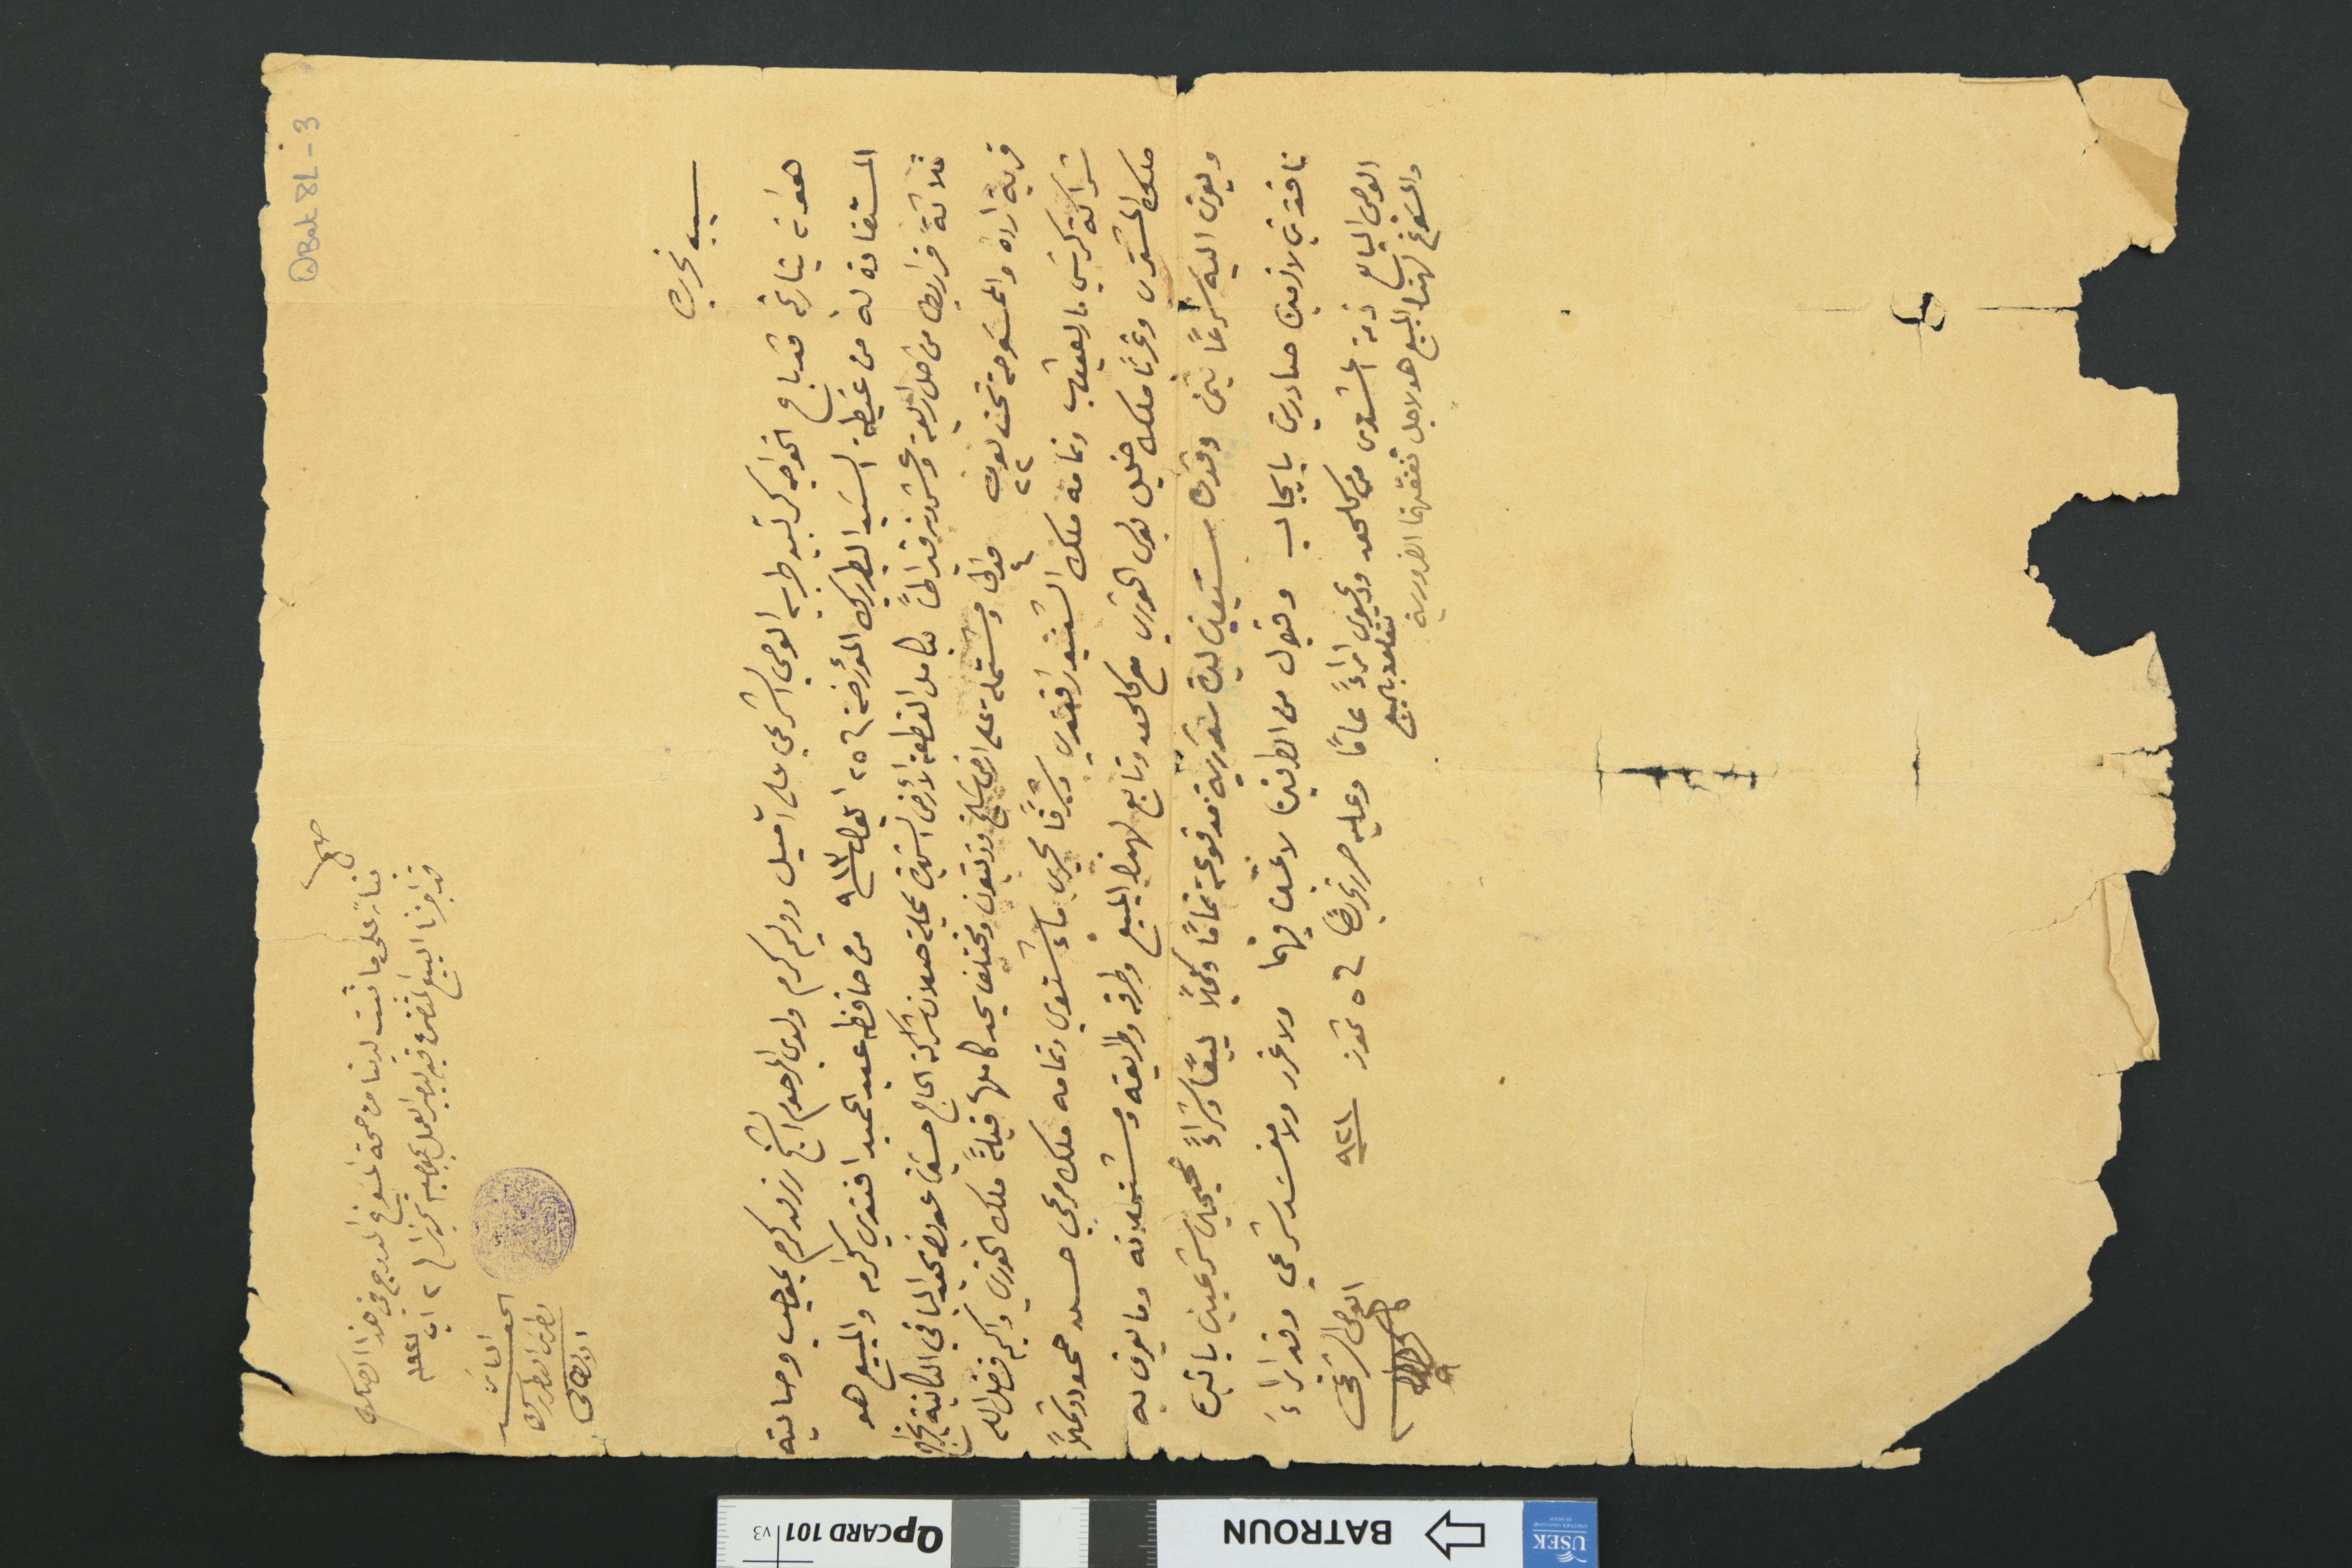
QBat8L-3				صح
بناءً على ما ثبت لدينا من صحة المسَوغ المدرج في هذا الصك
قد اجزنا البيع المتضمن فيه ليصير العمل بموجبه تحريرا / ٢ اب سنة ١٩٢
الياس الحويك بطرس البطريرك الانطاكى
سبب تحريره
هو انه بتاريخه قد باع الخواجه كرتبيه طربي الوصي الشرعي على آميل ووليم كرم ولدي المرحوم الشيخ رزق كرم بموجب وصايته
المستفادة له من غبطة السَيد البطريرك المؤرخة في ٢٥ ايلول سنة ٩١٣ من حافظه عبد الحميد افندي كرم والمبيع هو
ثلاثة قراريط من اصل اربعة وعشرون قيراطاً بكامل القطعة الأرض الشهيرة بمحلة صلان شراكة الحاج حسَين عويض عبد الباقي الكاينة بخراج
قرية ارده والممسَوحة تحت لون ٢٢ مدالى ٤ ومشتملة على ارض سَليخ وزيتون ومختلف يحد كاملها قبلةً ملك الخوري واكيم فضل الله
شراكة كرسَي مار يعقوب وتمامه ملك السَنيور افندي وشرقاً مجرى ماء شتويى وتمامه ملك مرعي حسن حمود وشمالاً
ملك المشترى وغرباً ملك خليل بولس الخوري مع كلحق وتابع لهذا المبيع وطرقه وطرايقه ومسَتحلاقه وما يعرف به
ويعرف اليه شرعاً بثمن وقدره سَبعين ليرة سَورية مدفوعة تماماً وكمالاً بيعاً وشراءً صحيحين باتين
نافذين لازمين صادرين بايجاب وقبول من الطرفين لا غبن فيهما ولا غرر ولا مفسَد شرعي وقد ابراءَ
الوصي الباىع ذمة المشتري من كلحق ودعوى تتعلق بالبيع ابراءً عاماً وعليه حرر تحريراً في ٥ تموز سنة ٩٢١
والمسوغ لهذا البيع هو لاجل نفقتهما الضرورية
الوصي الشرعي كاتبه